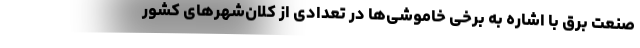
صنعت برق با اشاره به برخی خاموشی‌ها در تعدادی از کلان‌شهرهای کشور